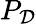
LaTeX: P_{\mathcal{D}}